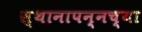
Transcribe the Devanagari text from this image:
स्थानापन्नच्या